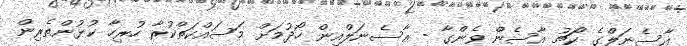
އާސެނަލްގެ ކޯޗު އާސެން ވެންގާ - އާސެނަލްއިން ހޯދުމަށް މަސައްކަތްކުރާ ހުރިހާ ކުޅުންތެރިން